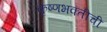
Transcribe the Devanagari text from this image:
कृष्णभक्तीची